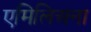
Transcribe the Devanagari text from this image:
एमिलिअना